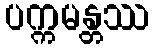
ပက္ကမန္တဿ